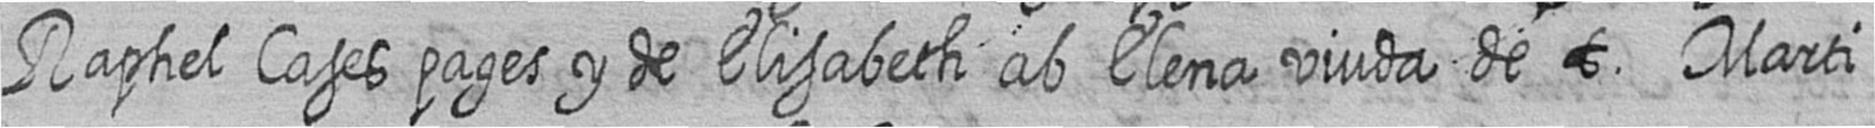
Raphel Cases pages y de Elisabeth ab Elena viuda de t Marti